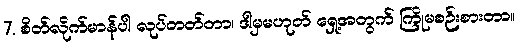
7. စိတ်လိုက်မာန်ပါ လုပ်တတ်တာ၊ ဒါမှမဟုတ် ရှေ့အတွက် ကြိုမစဉ်းစားတာ။